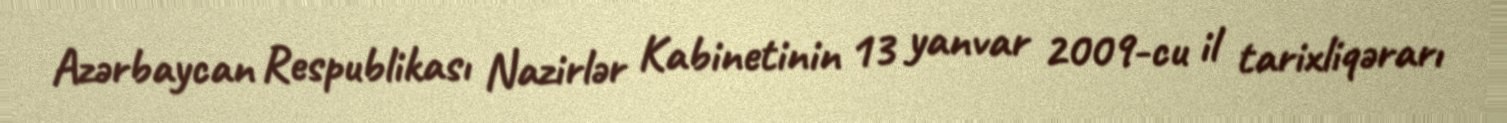
Azərbaycan Respublikası Nazirlər Kabinetinin 13 yanvar 2009-cu il tarixliqərarı